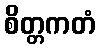
စိတ္တကတံ